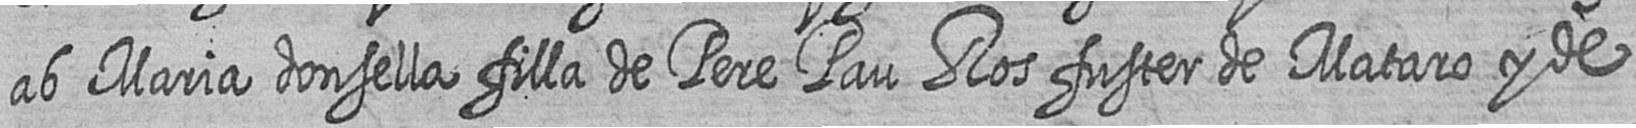
ab Maria donsella filla de Pere Pau Ros fuster de Mataro y de